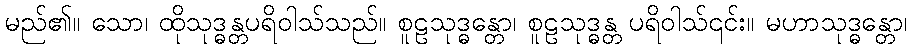
မည်၏။ သော၊ ထိုသုဒ္ဓန္တပရိဝါသ်သည်။ စူဠသုဒ္ဓန္တော၊ စူဠသုဒ္ဓန္တ ပရိဝါသ်၎င်း။ မဟာသုဒ္ဓန္တော၊